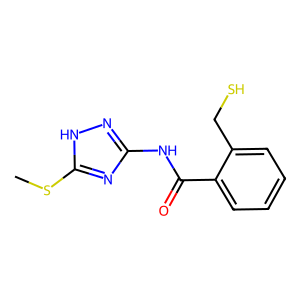
SMILES: CSc1nc(NC(=O)c2ccccc2CS)n[nH]1
Inhibits HIV replication: No